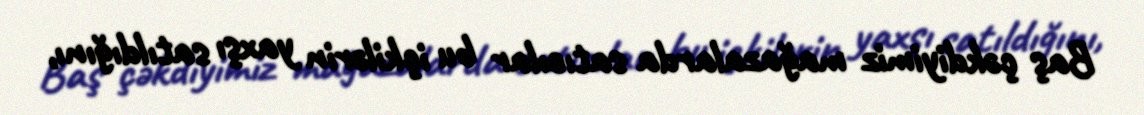
Baş çəkdiyimiz mağazalarda satıcılar bu içkilərin yaxşı satıldığını,